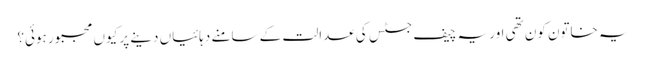
یہ خاتون کون تھی اور یہ چیف جسٹس کی عدالت کے سامنے دہائیاں دینے پر کیوں مجبور ہوئی؟